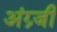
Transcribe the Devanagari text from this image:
अंग्र्जी